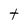
Character: t